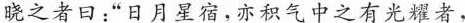
晓之者日：”日月星宿，亦积气中之有光耀者，